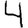
Digit: 4